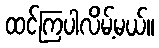
ထင်ကြပါလိမ့်မယ်။